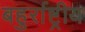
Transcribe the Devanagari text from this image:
बहुर्राष्ट्रीय